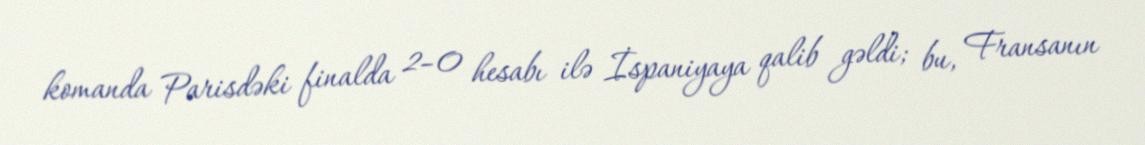
komanda Parisdəki finalda 2–0 hesabı ilə İspaniyaya qalib gəldi; bu, Fransanın